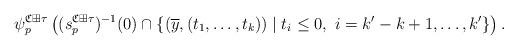
LaTeX: \begin{align*}\psi^{\frak C\boxplus\tau}_p\left((s^{\frak C\boxplus\tau}_p)^{-1}(0) \cap\{(\overline y,(t_1,\dots,t_k))\mid t_i \le 0, \,\, i=k'-k+1,\dots,k'\}\right).\end{align*}